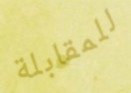
للمقابلة